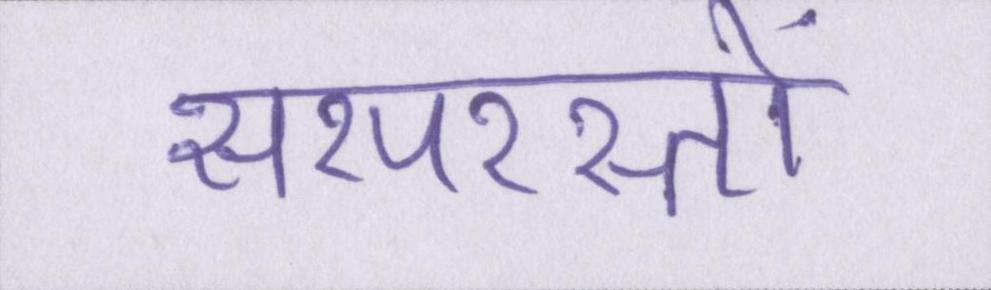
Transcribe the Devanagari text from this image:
सरपरस्तों